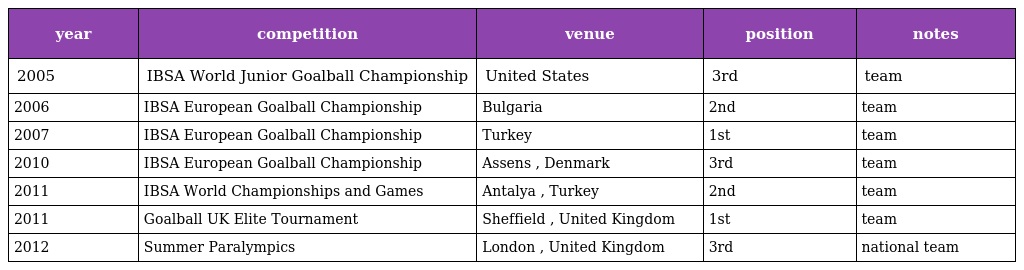
| year | competition | venue | position | notes |
 | --- | --- | --- | --- | --- |
 | 2005 | IBSA World Junior Goalball Championship | United States | 3rd | team |
 | 2006 | IBSA European Goalball Championship | Bulgaria | 2nd | team |
 | 2007 | IBSA European Goalball Championship | Turkey | 1st | team |
 | 2010 | IBSA European Goalball Championship | Assens , Denmark | 3rd | team |
 | 2011 | IBSA World Championships and Games | Antalya , Turkey | 2nd | team |
 | 2011 | Goalball UK Elite Tournament | Sheffield , United Kingdom | 1st | team |
 | 2012 | Summer Paralympics | London , United Kingdom | 3rd | national team |